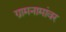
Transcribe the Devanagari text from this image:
ग्रामनामांवर